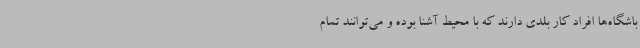
باشگاه‌ها افراد کار بلدی دارند که با محیط آشنا بوده و می‌توانند تمام